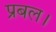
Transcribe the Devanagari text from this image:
प्रबल।